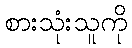
စားသုံးသူကို